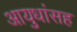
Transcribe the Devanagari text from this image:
आयुधांसह